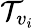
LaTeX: {\cal T}_{v_{i}}